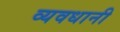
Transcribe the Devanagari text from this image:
व्यवधानी